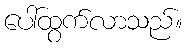
ပေါ်ထွက်လာသည်။